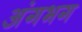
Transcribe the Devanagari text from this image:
अंगभग